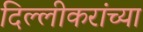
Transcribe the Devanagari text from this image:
दिल्लीकरांच्या